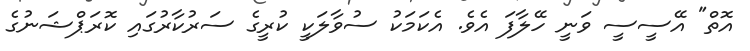
އޮތް" އޭސީސީ ވަނީ ހޭލާފަ އެވެ. އެކަމަކު ސުވާލަކީ ކުރީގެ ސަރުކާރުގައި ކޮރަޕްޝަނުގެ